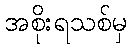
အစိုးရသစ်မှ